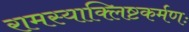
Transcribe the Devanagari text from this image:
रामस्याक्लिष्टकर्मणः